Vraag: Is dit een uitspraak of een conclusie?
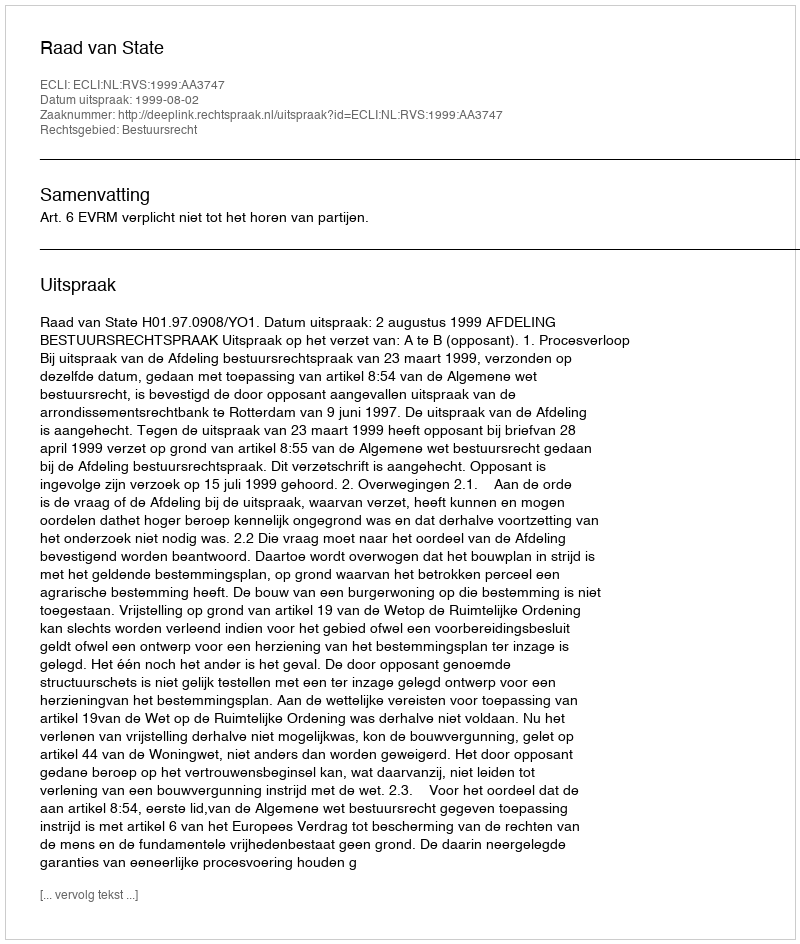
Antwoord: Uitspraak